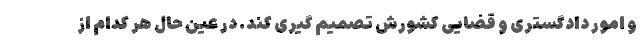
و امور دادگستری و قضایی کشورش تصمیم گیری کند. در عین حال هر کدام از